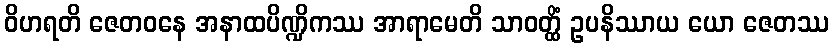
ဝိဟရတိ ဇေတဝနေ အနာထပိဏ္ဍိကဿ အာရာမေတိ သာဝတ္ထိံ ဥပနိဿာယ ယော ဇေတဿ